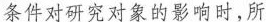
条件对研究对象的影响时，所